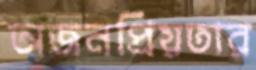
অজনপ্রিয়তার